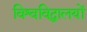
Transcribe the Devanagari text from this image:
विश्वविद्धालयों